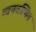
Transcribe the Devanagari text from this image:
व्वयवस्थित